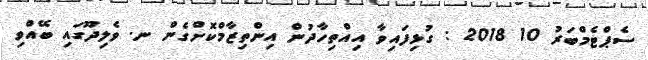
ސެޕްޓެމްބަރު 10 2018 : ގުޅިފައިވާ އިއްތިހާދުން އިންތިޒާމްކޮށްގެން ނ. ވެލިދޫގައި ބޭއްވި